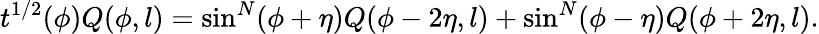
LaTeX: t^{1/2}(\phi)Q(\phi,l)=\sin^{N}(\phi+\eta)Q(\phi-2\eta,l)+\sin^{N}(\phi-\eta)Q(\phi+2\eta,l).